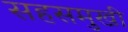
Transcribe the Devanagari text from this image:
सहसमुखी